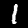
Label: 1